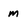
Character: m